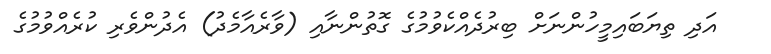
އަދި ތިޔަބައިމީހުންނަށް ބިރުދެއްކެވުމުގެ ގޮތުންނާއި (ވާރެއާމެދު) އެދުންވެރި ކުރެއްވުމުގެ